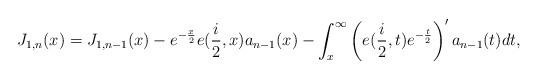
\begin{align*}J_{1,n}(x)=J_{1,n-1}(x)-e^{-\frac{x}{2}}e(\frac{i}{2},x)a_{n-1}(x)-\int_{x}^{\infty}\left( e(\frac{i}{2},t)e^{-\frac{t}{2}}\right) ^{\prime}a_{n-1}(t)dt, \end{align*}